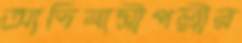
আদিবাসীপল্লীর